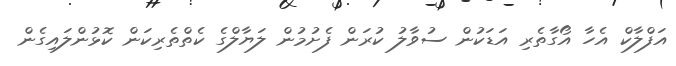
އަފްލާކް އެހާ އޯގާތެރި އަޑަކުން ސުވާލު ކުރަން ފެށުމުން ލަޔާލްގެ ކެތްތެރިކަން ކޮޅުންލައިގެން